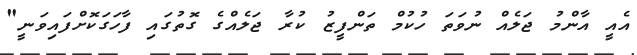
އެއީ އާންމު ޖަލެއް ނުވަތަ ހުކުމް ތަންފީޒު ކުރާ ޖަލެއްގެ ގޮތުގައި ފާހަގަކޮށްފައިވަނީ"